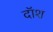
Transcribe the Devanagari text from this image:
दॉश